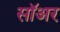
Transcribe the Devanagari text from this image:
सॉअर